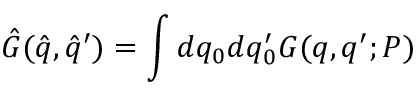
{ \hat { G } } ( { \hat { q } } , { \hat { q } } ^ { \prime } ) = \int { d q _ { 0 } d q _ { 0 } ^ { \prime } } G ( q , q ^ { \prime } ; P )